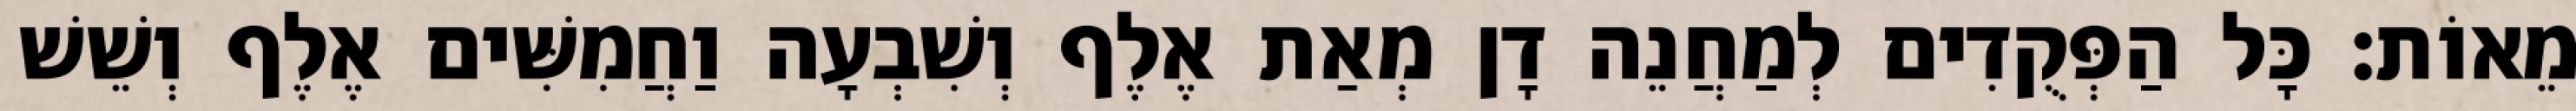
מֵאוֹת׃ כָּל הַפְּקֻדִים לְמַחֲנֵה דָן מְאַת אֶלֶף וְשִׁבְעָה וַחֲמִשִּׁים אֶלֶף וְשֵׁשׁ